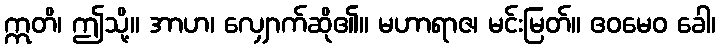
ဣတိ၊ ဤသို့။ အာဟ၊ လျှောက်ဆို၏။ မဟာရာဇ၊ မင်းမြတ်။ ဧဝမေဝ ခေါ၊